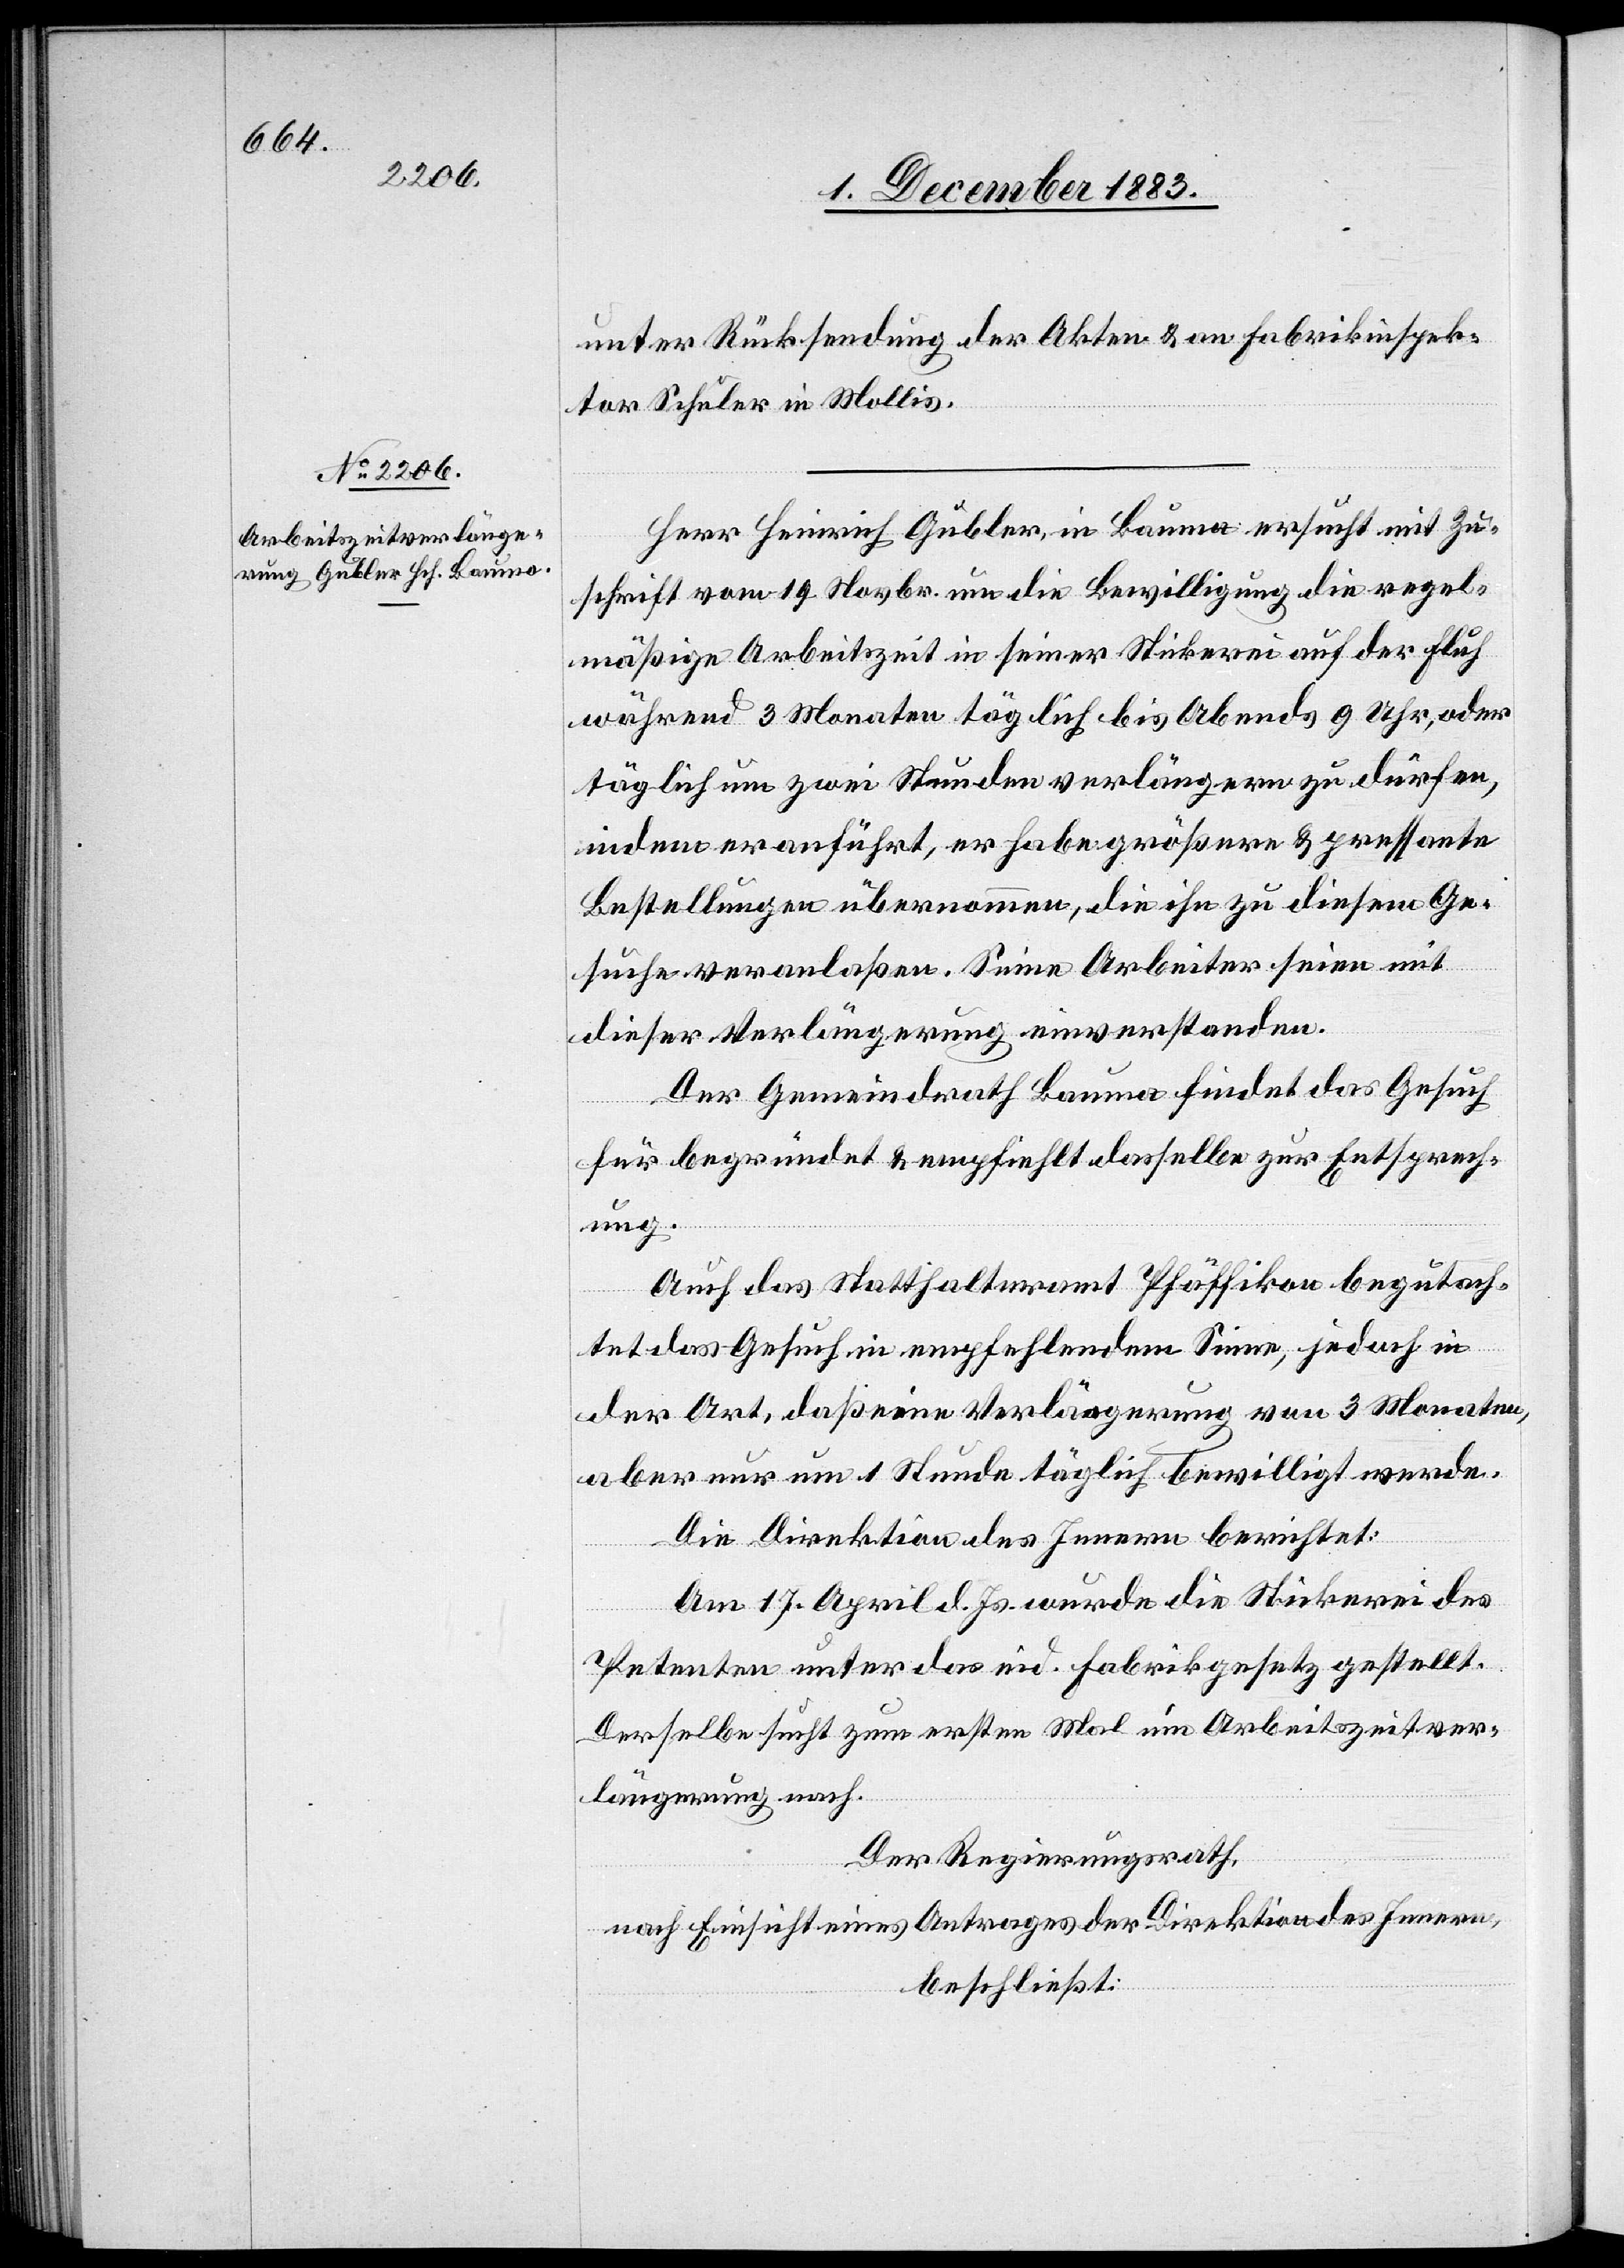
unter Rücksendung der Akten & an Fabrikinspek¬
tor Schuler in Mollis.
Herr Heinrich Gubler, in Bauma ersucht mit Zu¬
schrift vom 19. Novbr. um die Bewilligung die regel¬
mäßige Arbeitszeit in seiner Stickerei auf der Fluh
während 3 Monaten täglich bis Abends 9 Uhr, oder
täglich um zwei Stunden verlängern zu dürfen,
indem er anführt, er habe größere & pressante
Bestellungen übernommen, die ihn zu diesem Ge¬
suche veranlaßen. Seine Arbeiter seien mit
dieser Verlängerung einverstanden.
Der Gemeindrath Bauma findet das Gesuch
für begründet & empfiehlt dasselbe zur Entsprech¬
ung.
Auch das Statthalteramt Pfäffikon begutach¬
tet das Gesuch in empfehlendem Sinne, jedoch in
der Art, daß eine Verlängerung von 3 Monaten,
aber nur um 1 Stunde täglich bewilligt werde.
Die Direktion des Innern berichtet:
Am 17. April d. Js. wurde die Stickerei des
Petenten unter das eid. Fabrikgesetz gestellt.
Derselbe sucht zum ersten Mal um Arbeitszeitver¬
längerung nach.
Der Regierungsrath,
nach Einsicht eines Antrages der Direktion des Innern,
beschließt: